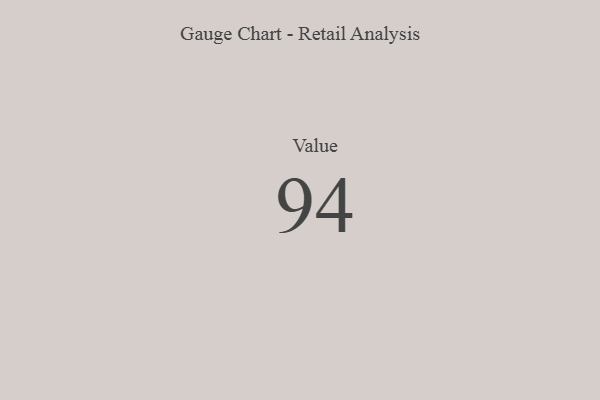
{"axis": {"x": "Metric", "y": "Value"}, "legend": [""], "data": [{"x": "Value", "y": 94, "type": ""}]}